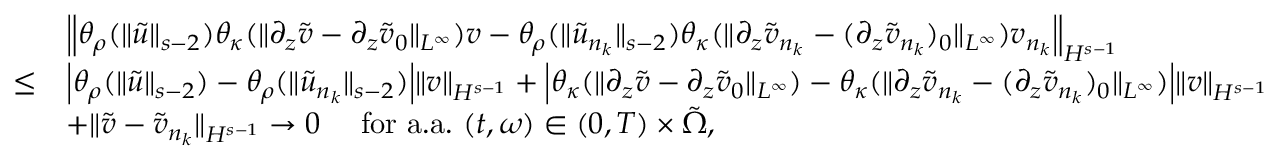
\begin{array} { r l } & { \Big \| \theta _ { \rho } ( \| \tilde { u } \| _ { s - 2 } ) \theta _ { \kappa } ( \| \partial _ { z } \tilde { v } - \partial _ { z } \tilde { v } _ { 0 } \| _ { L ^ { \infty } } ) v - \theta _ { \rho } ( \| \tilde { u } _ { n _ { k } } \| _ { s - 2 } ) \theta _ { \kappa } ( \| \partial _ { z } \tilde { v } _ { n _ { k } } - ( \partial _ { z } \tilde { v } _ { n _ { k } } ) _ { 0 } \| _ { L ^ { \infty } } ) v _ { n _ { k } } \Big \| _ { H ^ { s - 1 } } } \\ { \leq } & { \Big | \theta _ { \rho } ( \| \tilde { u } \| _ { s - 2 } ) - \theta _ { \rho } ( \| \tilde { u } _ { n _ { k } } \| _ { s - 2 } ) \Big | \| v \| _ { H ^ { s - 1 } } + \Big | \theta _ { \kappa } ( \| \partial _ { z } \tilde { v } - \partial _ { z } \tilde { v } _ { 0 } \| _ { L ^ { \infty } } ) - \theta _ { \kappa } ( \| \partial _ { z } \tilde { v } _ { n _ { k } } - ( \partial _ { z } \tilde { v } _ { n _ { k } } ) _ { 0 } \| _ { L ^ { \infty } } ) \Big | \| v \| _ { H ^ { s - 1 } } } \\ & { + \| \tilde { v } - \tilde { v } _ { n _ { k } } \| _ { H ^ { s - 1 } } \to 0 \quad \mathrm { ~ f o r ~ a . a . ~ } ( t , \omega ) \in ( 0 , T ) \times \tilde { \Omega } , } \end{array}